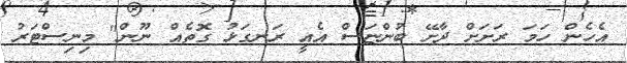
އެހެން ހަމަ ރަށަށް ދާށޭ ބުންޏަސް އެއީ ރަނގަޅު ގޮތެއް ނޫން" މިނިސްޓަރު